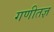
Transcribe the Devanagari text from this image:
गणीतज्ञ